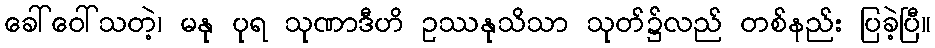
ခေါ်ဝေါ်သတဲ့၊ မနု ပုရ သုဏာဒီဟိ ဥဿနုသိသာ သုတ်၌လည် တစ်နည်း ပြခဲ့ပြီ။